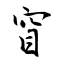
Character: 窅